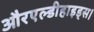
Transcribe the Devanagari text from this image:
औरएल्डीहाइड्स।